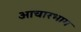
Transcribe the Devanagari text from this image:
आचारभाग